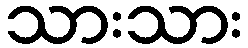
သားသား